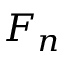
F _ { n }